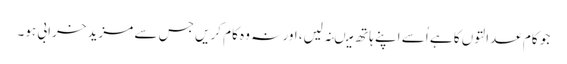
جو کام عدالتوں کا ہے اُسے اپنے ہاتھ میںنہ لیں، اور نہ وہ کام کریں جس سے مزید خرابی ہو۔